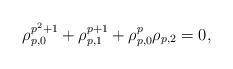
LaTeX: \begin{align*}\rho_{p,0}^{p^2+1}+\rho_{p,1}^{p+1}+\rho_{p,0}^p\rho_{p,2}=0,\end{align*}